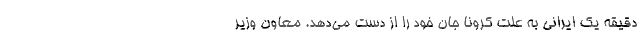
دقیقه یک ایرانی به علت کرونا جان خود را از دست می‌دهد. معاون وزیر